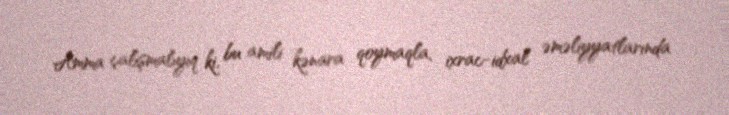
Amma çalışmalıyıq ki, bu amili kənara qoymaqla, ixrac-idxal əməliyyatlarında